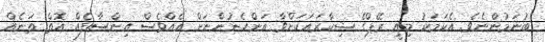
ބުނަމުންނެވެ. އެކަމަކު މިއީ ރޭޕްގެ ޝިކާރައަކަށްވާ އަންހެނުންނަށް އެއްވެސް އިންސާފެއް އޮތް ތަނެއް